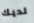
لديك